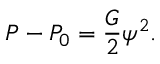
P - P _ { 0 } = \frac { G } { 2 } \psi ^ { 2 } .